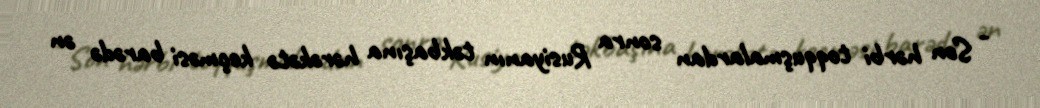
- Son hərbi toqquşmalardan sonra Rusiyanın təkbaşına hərəkətə keçməsi barədə ən